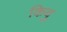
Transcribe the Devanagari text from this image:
किवु